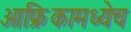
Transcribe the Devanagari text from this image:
आफ्रिकामध्येच